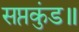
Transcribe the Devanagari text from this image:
सप्तकुंड॥